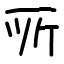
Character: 𫝂